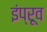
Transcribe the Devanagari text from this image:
इंप्रूव